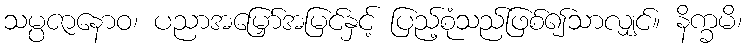
သမ္ပဇာနောဝ၊ ပညာအမြှော်အမြင်နှင့် ပြည့်စုံသည်ဖြစ်၍သာလျှင်။ နိက္ခမိ၊